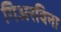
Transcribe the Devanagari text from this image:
गिअरविना